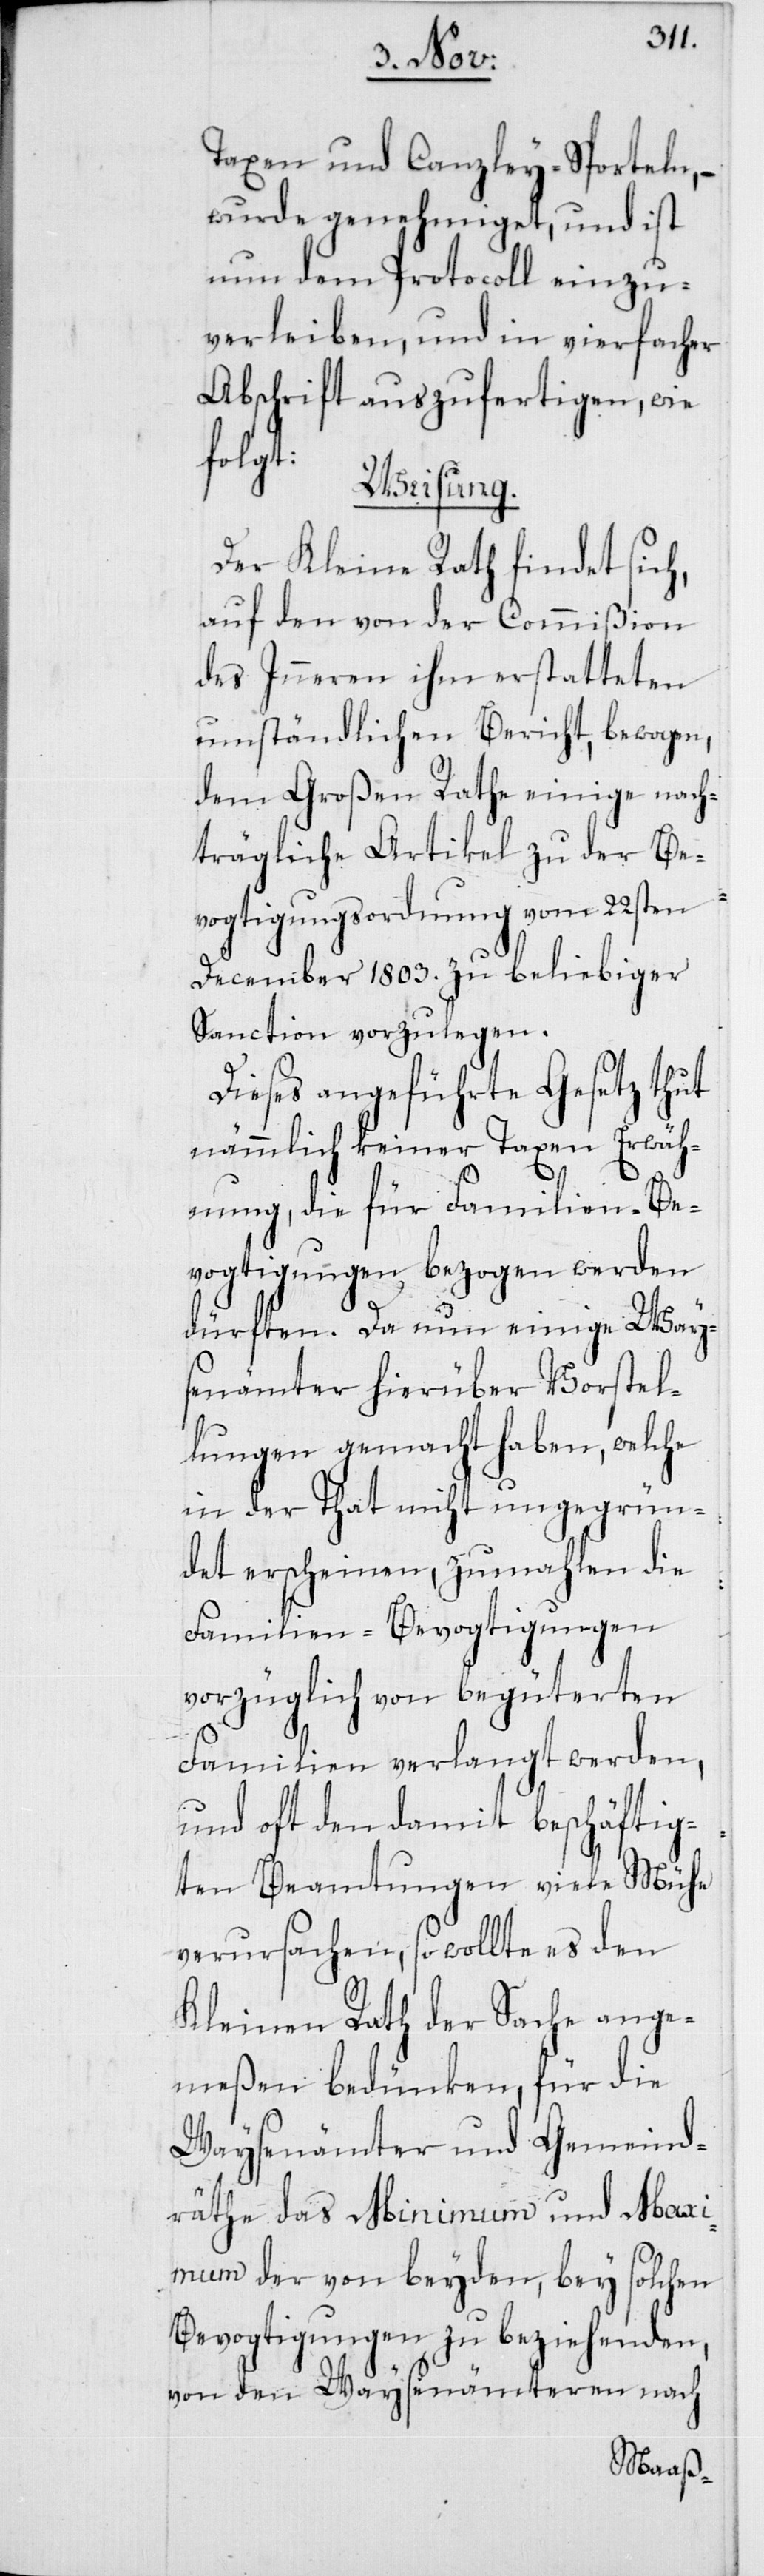
Taxen und Canzley-Sporteln, –
wurde genehmiget, und ist
nun dem Protocoll einzu¬
verleiben, und in vierfacher
Abschrift auszufertigen, wie
folgt:
Weisung.
Der Kleine Rath findet sich,
auf den von der Commißion
des Inneren ihm erstatteten
umständlichen Bericht, bewogen,
dem gGoßen Rathe einige nach¬
trägliche Artikel zu der Be¬
vogtigungsordnung vom 22sten
December 1803. zu beliebiger
Sanction vorzulegen.
Dieses angeführte Gesetz thut
nämmlich keiner Taxen Erwäh¬
nung, die für Familien-Be¬
vogtigungen bezogen werden
dürften. Da nun einige Way¬
senämter hierüber Vorstel¬
lungen gemacht haben, welche
in der That nicht ungegrün¬
det erscheinen, zumahlen die
Familien-Bevogtigungen
vorzüglich von begüterten
Familien verlangt werden,
und oft den damit beschäftig¬
ten Beamtungen viele Mühe
verursachen, so wollte es den
Kleinen Rath der Sache ange¬
meßen bedünken, für die
Waysenämter und Gemeind¬
räthe das Minimum und Max¬
imum der von beyden, bey solchen
Bevogtigungen zu beziehenden,
von den Waysenämteren nach